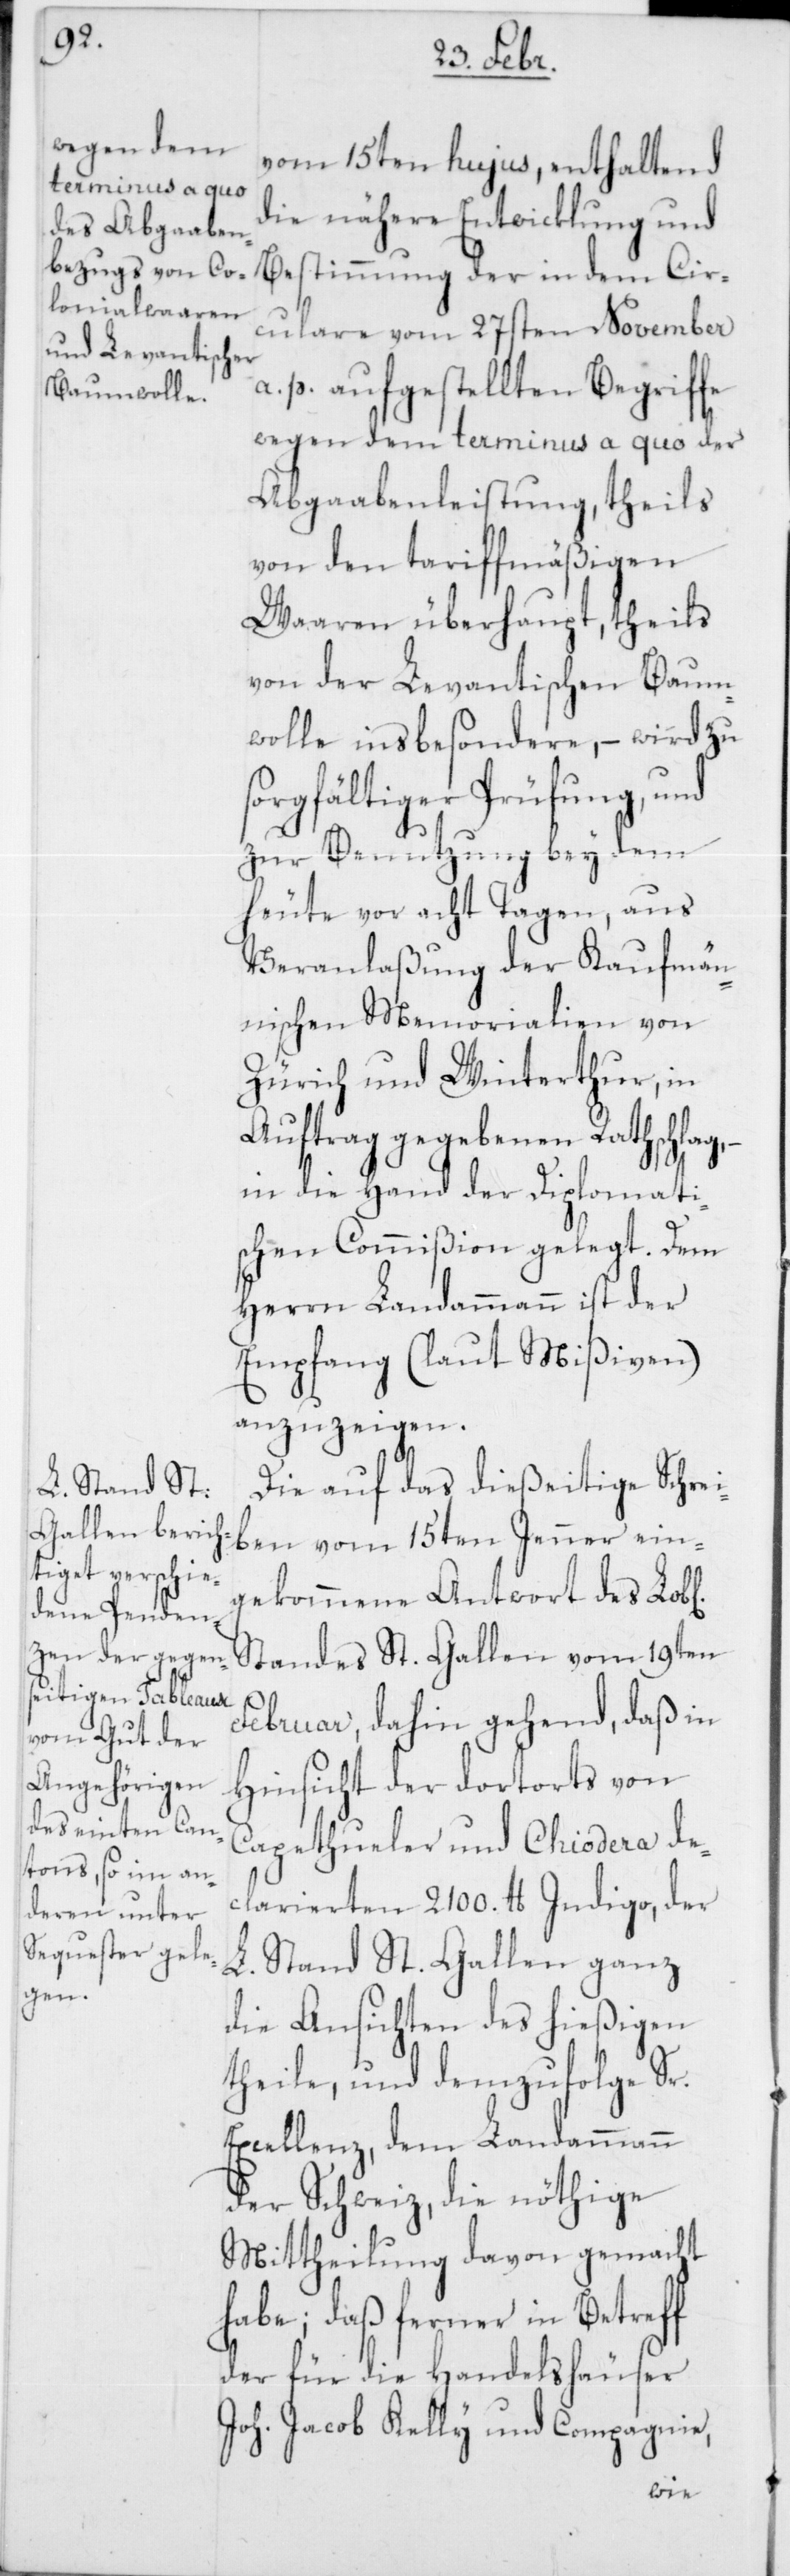
ichen]

vom 15ten hujus, enthaltend
die nähere Entwicklung und
Bestimmung der in dem Cir¬
culare vom 27sten November
a. p. aufgestellten Begriffe
wegen dem terminus a quo der
Abgaabenleistung, theils
von den tariffmäßigen
Waaren überhaupt, theils
von der Levantischen Baum¬
wolle insbesondere, – wird zu
sorgfältiger Prüfung, und
zur Benutzung bey dem
heute vor acht Tagen, aus
Veranlaßung der kaufmän¬
nischen Memorialien von
Zürich und Winterthur, in
Auftrag gegebenen Rathschlag,
in die Hand der Diplomati¬
schen Commißion gelegt. Dem
Herrn Landammann ist der
Empfang (laut Mißiven)
anzuzeigen.
Die auf das dießeitige Schrei¬
ben vom 15ten Jenner ein¬
gekommene Antwort des Lob[l¬
Standes St. Gallen vom 19ten
Februar, dahin gehend, daß in
Hinsicht der dortorts von
Capethueler und Chiodera dec¬
larierten 2100. lb Indigo, der
L. Stand St. Gallen ganz
die Ansichten des hießigen
theile, und demzufolge Sr.
Excellenz, dem Landammann
der Schweiz, die nöthige
Mittheilung davon gemacht
habe; daß ferner in Betreff
der für die Handelshäuser
Joh. Jacob Kelly & Compagnie,